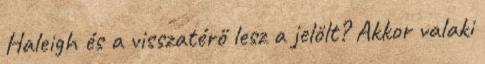
Haleigh és a visszatérő lesz a jelölt? Akkor valaki